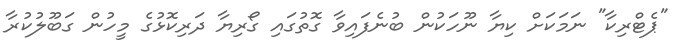
"ޕެޓްރިކާ" ނަމަކަށް ކިޔާ ނޫހަކުން ބުނެފައިވާ ގޮތުގައި ގޯރިޔާ ދަރިކޮޅުގެ މީހުން ގަބޫލުކުރާ